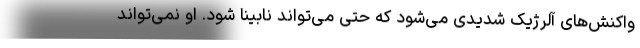
واکنش‌های آلرژیک شدیدی می‌شود که حتی می‌تواند نابینا شود. او نمی‌تواند